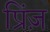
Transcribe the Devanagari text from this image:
प्रिंज़